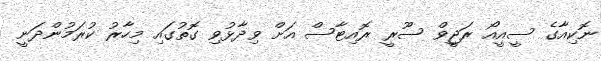
ނޮކިއާގެ ސީއީއޯ ރަޖީވް ސޫރީ ރޮއިޓާސް އަށް ވިދާޅުވި ގޮތުގައި މިހާރު ކުރަމުންދަނީ